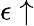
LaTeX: \epsilon\uparrow